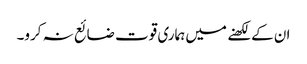
ان کے لکھنے میں ہماری قوت ضائع نہ کرو۔